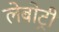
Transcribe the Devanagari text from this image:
लेबोट्री